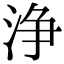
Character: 浄